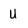
Character: U